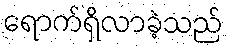
ရောက်ရှိလာခဲ့သည်